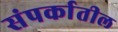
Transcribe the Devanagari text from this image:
संपर्कातील